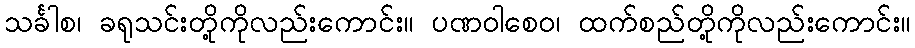
သင်္ခါစ၊ ခရုသင်းတို့ကိုလည်းကောင်း။ ပဏဝါစေဝ၊ ထက်စည်တို့ကိုလည်းကောင်း။